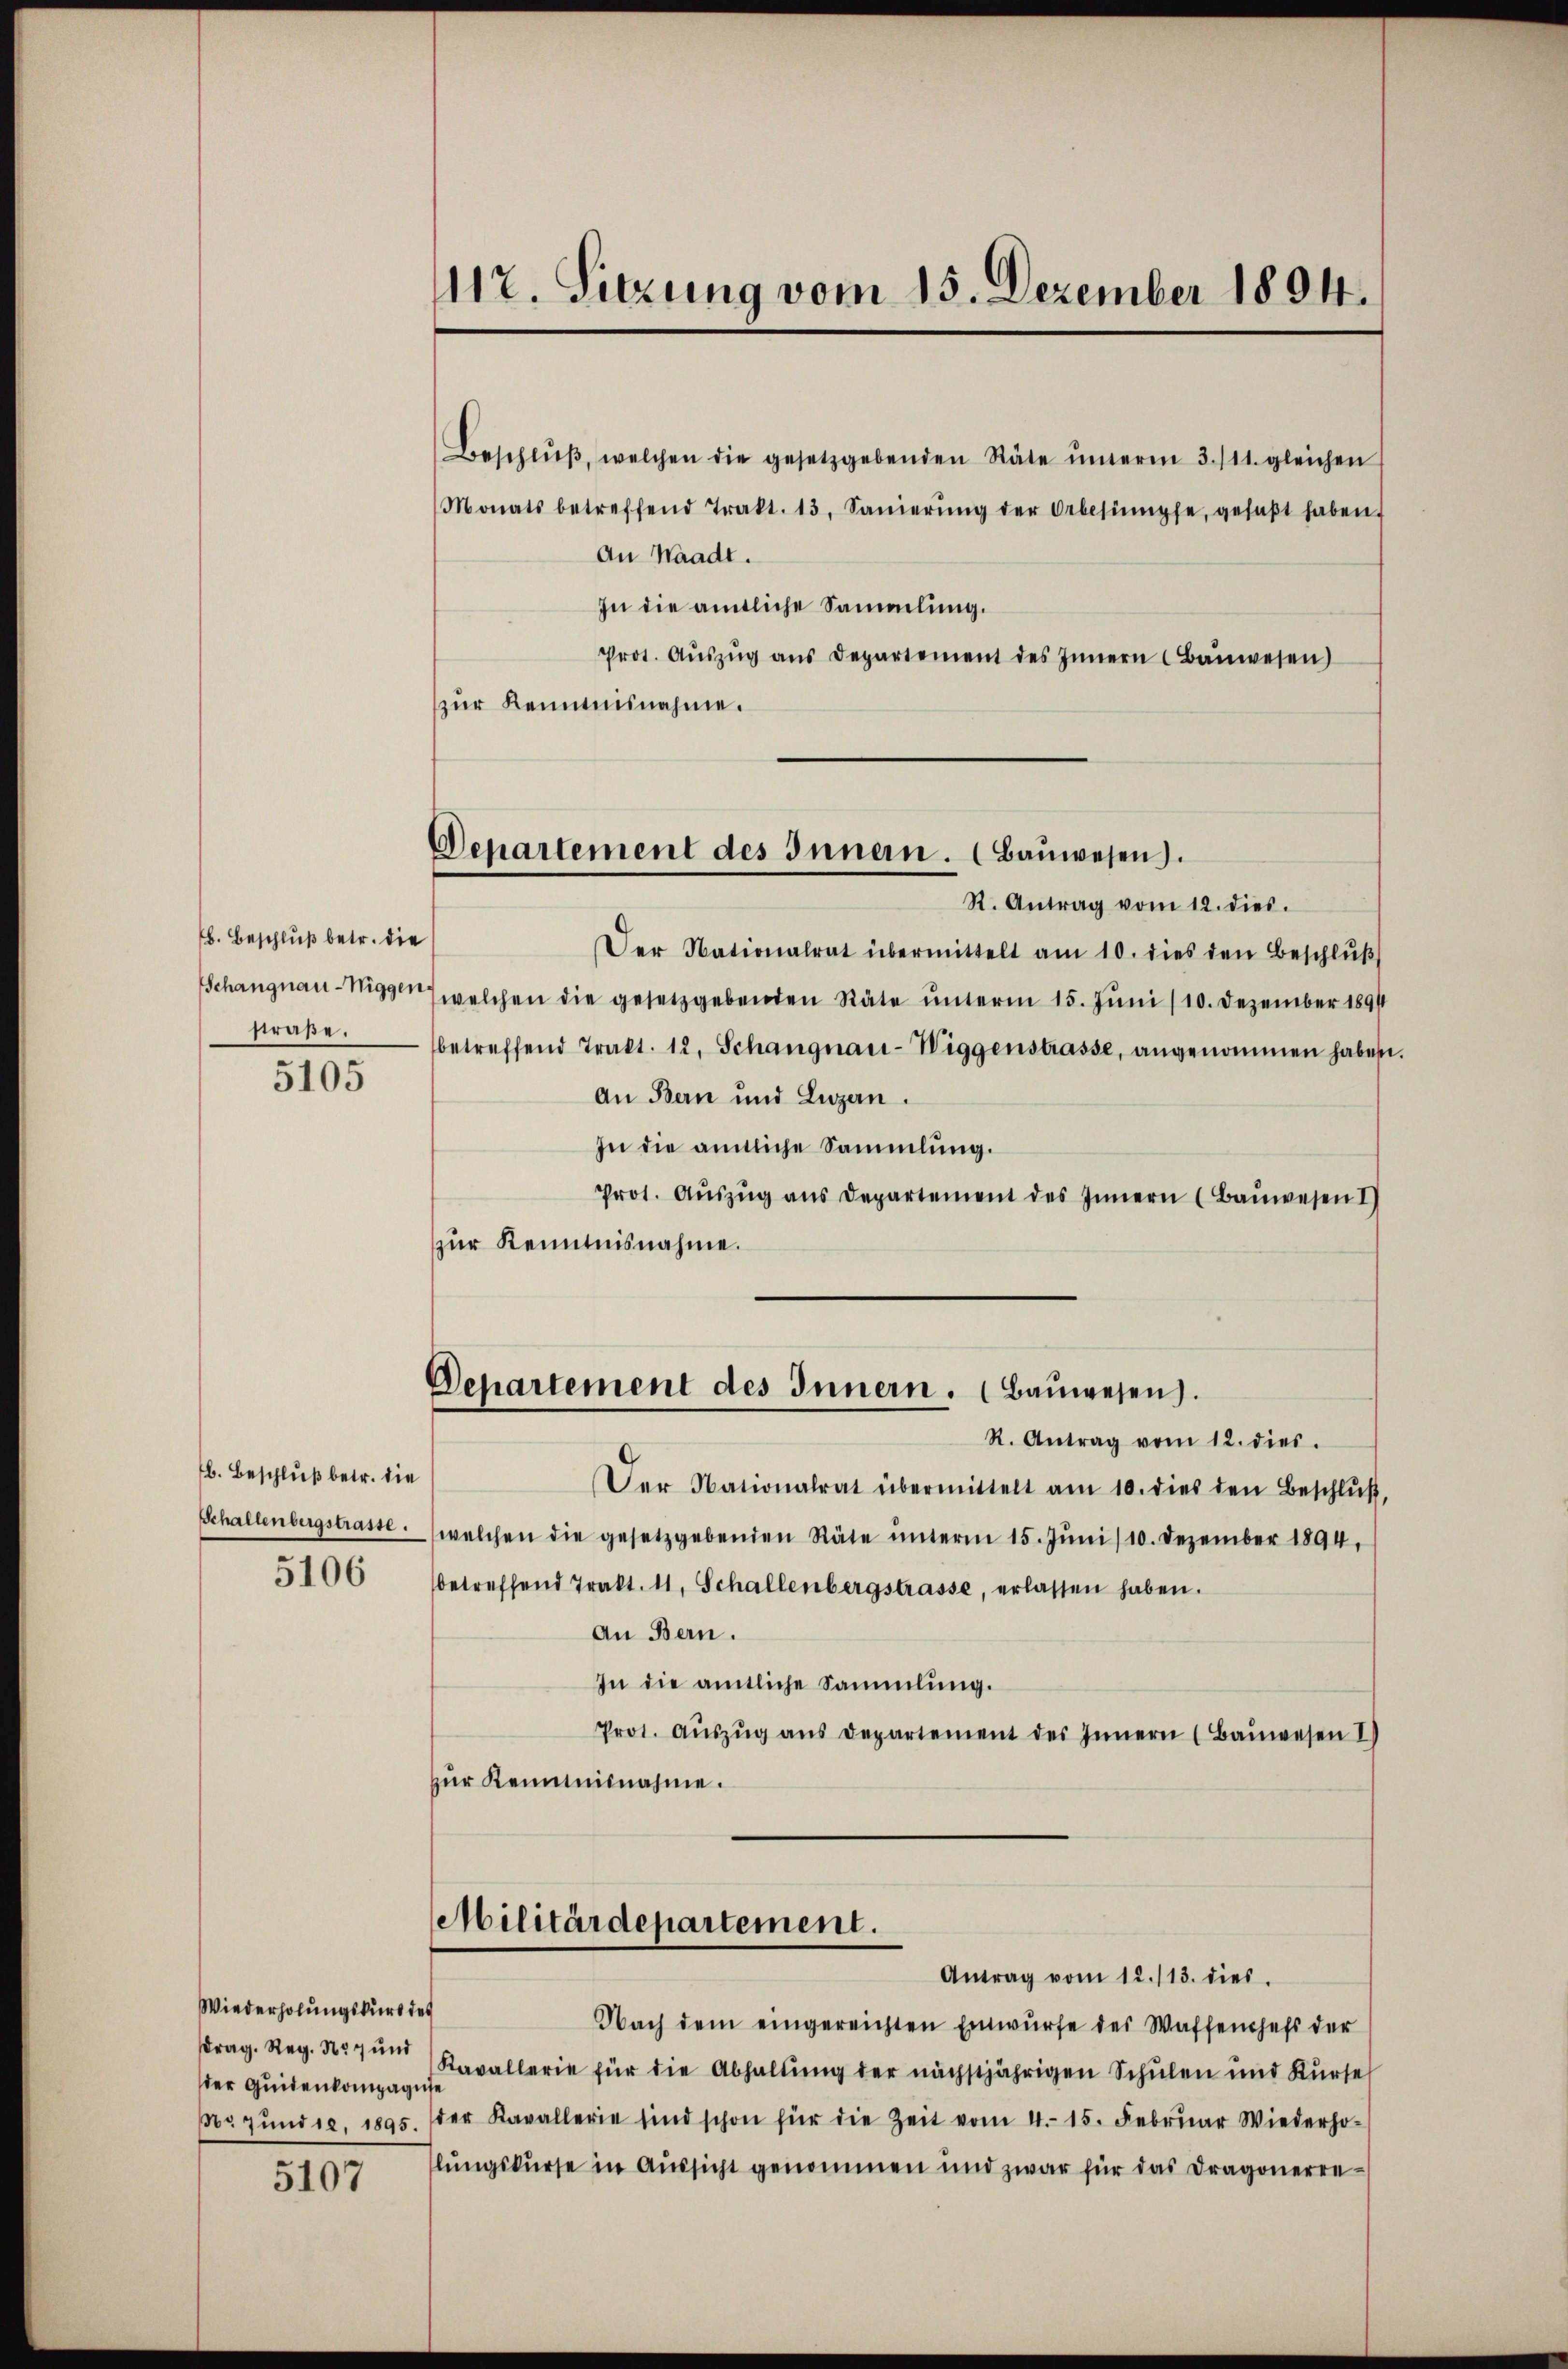
b. Beschluß betr. die
Schangnau-Niggen.
straße.

5105

b. Beschluß betr. die
Echallenbergstrasse.
5106

Wiederholungskurs des
rag. Reg. 357 und
der Quitenkompagni
37 und 12, 1895.

5107

117. Sitzung vom 15. Dezember 1894.

Departement des Innern. (Baŭwesen.
R. Antrag vom 12. dies.

Beschlŭβ, welchen die gesetzgebenden Stäte ŭnterm 3. 111. gleichen
Monats betreffend Trakt. 13. Sanierŭng der Orbesümpfe, gefaβt haben.
An Waadt.
In die amtliche Sammlung.
Prot. Aŭszŭg ans Departement des Innern Baŭwesen)
zur Kenntnisnahme.

Departement des Innern. Baŭwesen.

Der Nationalrat übermittelt am 10. dies den Beschluß
welchen die gesetzgebenden Räte ŭnterm 15. Jŭni /10. Dezember 1891
betreffend Trakt. 12. Schangnau-Wiggenstrasse, angenommen habe
An Bern und Luzern.
In die amtliche Sammlung.
Prot. Aŭszŭg ans Departement des Innern (Baŭwesen I
zur Kenntnisnahme.
R. Antrag vom 12. dies.
Der Nationalrat übermittelt am 10. dies den Beschlŭβ,
welchen die gesetzgebenden Räte ŭnterm 15. Jŭni /10. Dezember 1894,
betreffend Trakt. 11, Schallenbergstrasse, erlassen haben.
an Bern.
In die amtliche Sammlung.
Prot. Aŭszŭg ans Departement des Innern (Baŭwesen I
zur Kenntnisnahme.
Militärdepartement.
Antrag vom 12./13. dies
Nach dem eingereichten Einwürfe des Waffenhefs der
Kavallerie für die Abhaltŭng der nächstjährigen Schŭlen und Kŭrse
der Kavallerie sind schon für die Zeit vom 4. 15. Febrŭar Wiederho-
lŭngskŭrse in Aŭssicht genommen und zwar für das Dragonerre